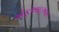
એફઆઇઆર